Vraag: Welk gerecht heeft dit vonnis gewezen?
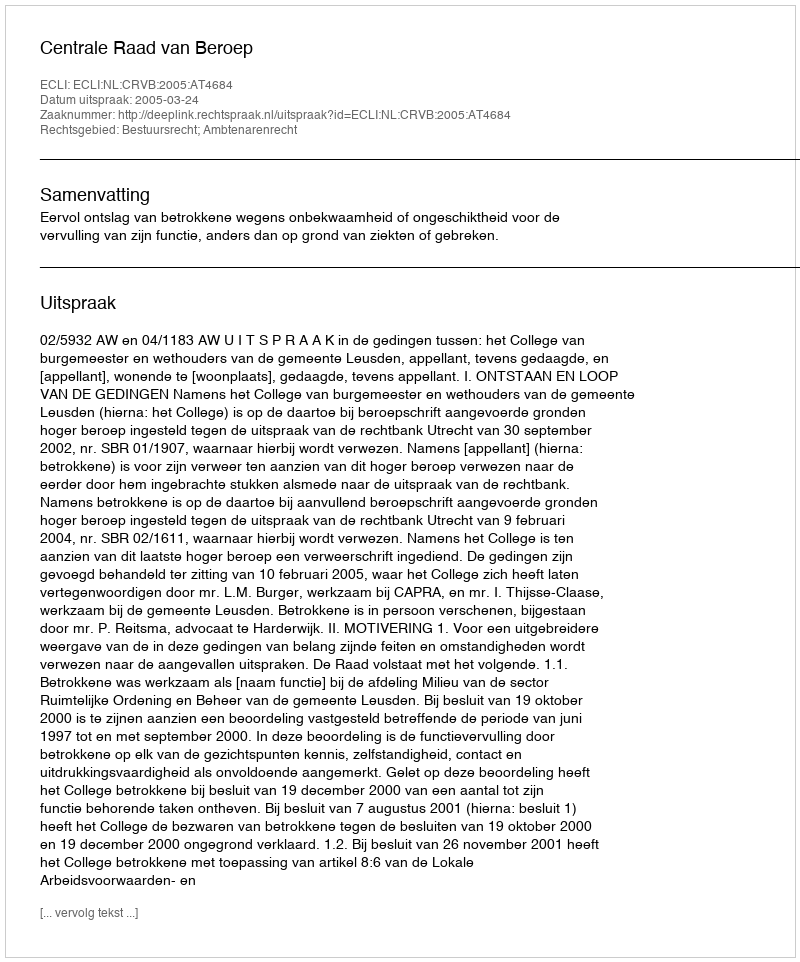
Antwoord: Centrale Raad van Beroep